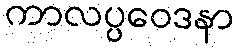
ကာလပ္ပဝေဒနာ